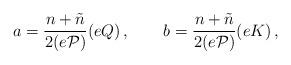
LaTeX: \begin{align*}a =\frac{n+\tilde{n}}{2(e\cal{P})}(eQ) \,,~~~~~~b = \frac{n+\tilde{n}}{2(e\cal{P})}(eK) \,,\end{align*}